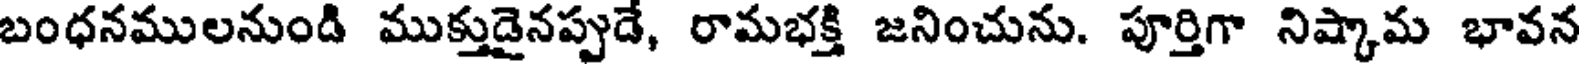
బంధనములనుండి ముక్తుడైనప్పుడే, రామభక్తి జనించును. పూర్తిగా నిష్కామ భావన